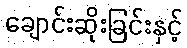
ချောင်းဆိုးခြင်းနှင့်